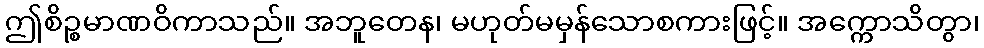
ဤစိဉ္စမာဏဝိကာသည်။ အဘူတေန၊ မဟုတ်မမှန်သောစကားဖြင့်။ အက္ကောသိတွာ၊